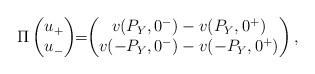
LaTeX: \begin{align*}\Pi\begin{pmatrix}u_+ \\u_-\end{pmatrix}\!\!=\!\!\begin{pmatrix}v(P_Y,0^-)-v(P_Y,0^+)\\v(-P_Y,0^-)-v(-P_Y,0^+)\end{pmatrix},\end{align*}